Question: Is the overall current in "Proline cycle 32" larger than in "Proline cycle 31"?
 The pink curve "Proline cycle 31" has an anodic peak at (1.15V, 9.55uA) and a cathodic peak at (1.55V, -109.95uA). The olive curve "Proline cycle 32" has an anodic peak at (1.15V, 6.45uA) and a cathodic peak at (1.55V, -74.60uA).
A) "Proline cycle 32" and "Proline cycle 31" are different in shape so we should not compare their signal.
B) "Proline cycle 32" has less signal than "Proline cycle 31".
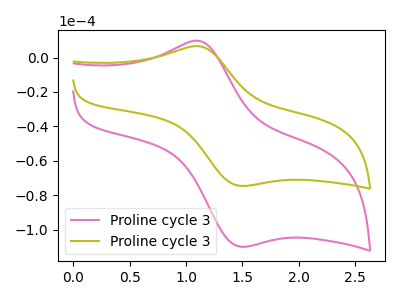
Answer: <think>All the peaks in "Proline cycle 32" have a peak in "Proline cycle 31" at the same potential. Every peak in "Proline cycle 32" is lower than every peak in "Proline cycle 31".
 </think>
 <answer>B) "Proline cycle 32" has less signal than "Proline cycle 31".</answer>
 <eval>B</eval>